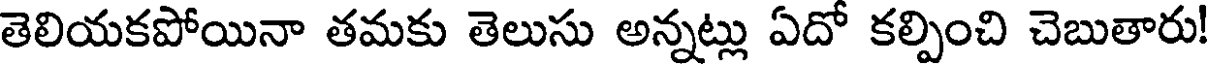
తెలియకపోయినా తమకు తెలుసు అన్నట్లు ఏదో కల్పించి చెబుతారు!